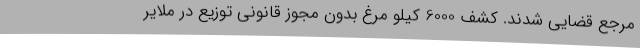
مرجع قضایی شدند. کشف 6000 کیلو مرغ بدون مجوز قانونی توزیع در ملایر